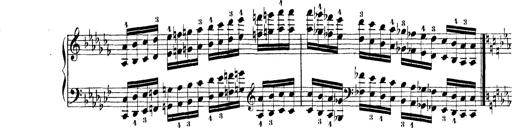
Title: Technische Studien
Composer: Franz Liszt